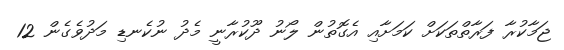
ޖަމާކުރާ ފަރާތްތަކަށް ކަމަށާއި އެގޮތުން ލޯނު ދޫކުރާނީ މެދު ނުކެނޑި މަދުވެގެން 12